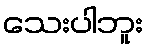
သေးပါဘူး